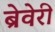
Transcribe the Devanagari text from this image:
ब्रेवेरी